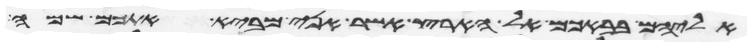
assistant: אליהם בבאכם אל הארץ אשר אני מביא אתכם שמה